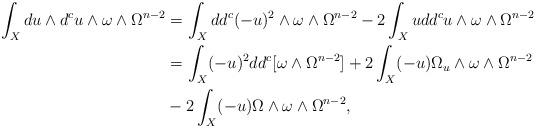
LaTeX: \begin{align*}\int_X du \wedge d^c u \wedge \omega \wedge \Omega^{n-2}&= \int_X dd^c(-u)^2 \wedge \omega \wedge\Omega^{n-2}- 2\int_X udd^cu \wedge \omega \wedge \Omega^{n-2} \\&=\int_X (-u)^2 dd^c[\omega \wedge \Omega^{n-2}] + 2\int_X (-u) \Omega_u \wedge \omega \wedge \Omega^{n-2} \\&- 2 \int_X (-u) \Omega\wedge \omega \wedge \Omega^{n-2},\end{align*}